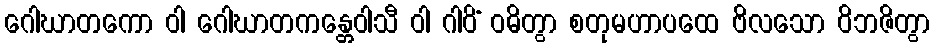
ဂေါဃာတကော ဝါ ဂေါဃာတကန္တေဝါသီ ဝါ ဂါဝိံ ဝဓိတွာ စတုမဟာပထေ ဗိလသော ဝိဘဇိတွာ